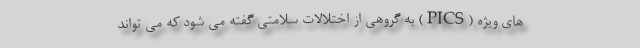
های ویژه (PICS) به گروهی از اختلالات سلامتی گفته می شود که می تواند